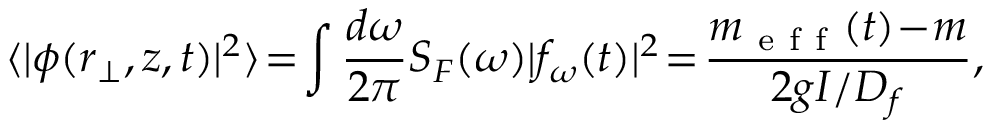
\langle | \phi ( { \boldsymbol { r } } _ { \perp } , z , t ) | ^ { 2 } \rangle \! = \! \int \frac { d \omega } { 2 \pi } S _ { F } ( \omega ) | f _ { \omega } ( t ) | ^ { 2 } \! = \! \frac { m _ { \mathrm { ~ e ~ f ~ f ~ } } ( t ) \! - \! m } { 2 g I / D _ { f } } ,